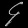
Digit: ၄